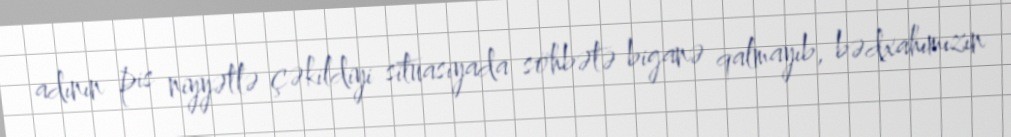
adının pis niyyətlə çəkildiyi situasiyada söhbətə biganə qalmayıb, bədxahımızın